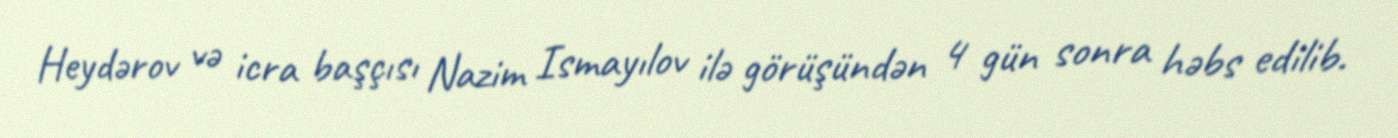
Heydərov və icra başçısı Nazim Ismayılov ilə görüşündən 4 gün sonra həbs edilib.